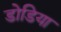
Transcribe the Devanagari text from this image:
डोडिया